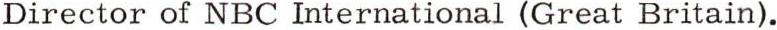
Director of NBC International (Great Britain).